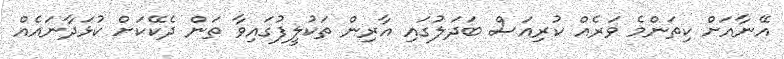
އޭނާއަށް ކިތަންމެ ވަރެއް ކުރިއަސް ބަދަލުގައި އާރިން ތަކުލީފުގައިވާ ތަން ދެކޭކަށް ކުޅަދާނައެއް